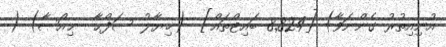
އުނިއިތުރު ގެންނަވާ) [8